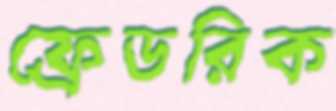
ফ্রেডরিক